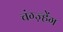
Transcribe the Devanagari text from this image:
चंग्ज़्हेंग